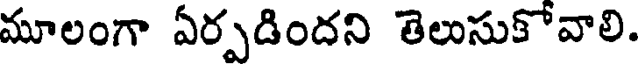
మూలంగా ఏర్పడిందని తెలుసుకోవాలి.